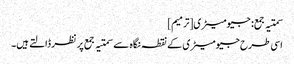
سمتیہ جمع: جیومیٹری[ترمیم]
اسی طرح جیومیٹری کے نقطہ نگاہ سے سمتیہ جمع پر نظر ڈالتے ہیں۔